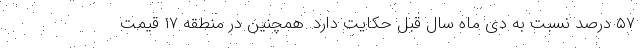
۵۷ درصد نسبت به دی ماه سال قبل حکایت دارد. همچنین در منطقه ۱۷ قیمت